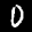
Label: 0